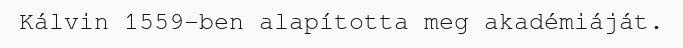
Kálvin 1559-ben alapította meg akadémiáját.